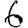
Digit: 6